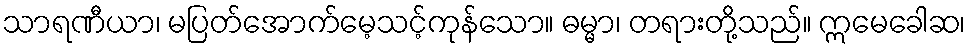
သာရဏီယာ၊ မပြတ်အောက်မေ့သင့်ကုန်သော။ ဓမ္မာ၊ တရားတို့သည်။ ဣမေခေါဆ၊